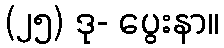
(၂၅) ဒု- ပွေးနာ။